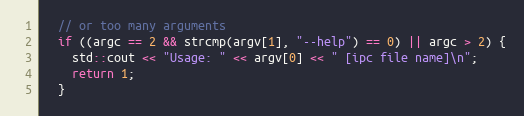
Language: C++
  // or too many arguments
  if ((argc == 2 && strcmp(argv[1], "--help") == 0) || argc > 2) {
    std::cout << "Usage: " << argv[0] << " [ipc file name]\n";
    return 1;
  }